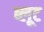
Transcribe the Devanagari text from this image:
ब्लूट